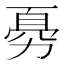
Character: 𠢊